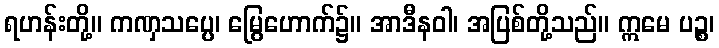
ရဟန်းတို့။ ကဏှသပ္ပေ၊ မြွေဟောက်၌။ အာဒီနဝါ၊ အပြစ်တို့သည်။ ဣမေ ပဉ္စ၊